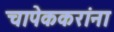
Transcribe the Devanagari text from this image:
चापेककरांना